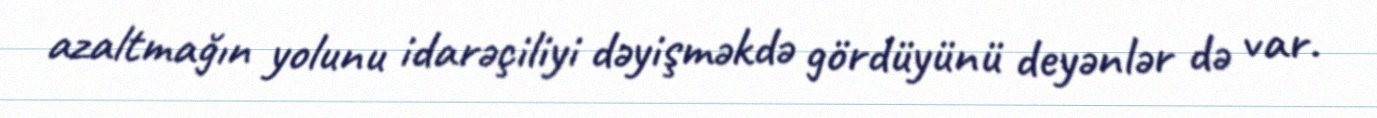
azaltmağın yolunu idarəçiliyi dəyişməkdə gördüyünü deyənlər də var.